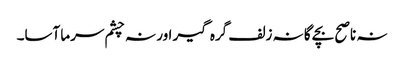
نہ ناصح بچے گا نہ زلف گرہ گیر اور نہ چشم سرما آسا۔